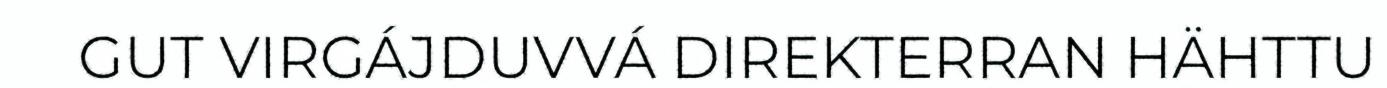
GUT VIRGÁJDUVVÁ DIREKTERRAN HÄHTTU